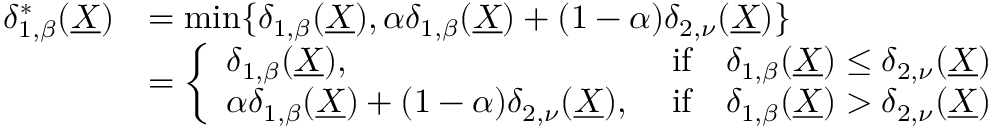
\begin{array} { r l } { \delta _ { 1 , \beta } ^ { * } ( \underline { { X } } ) } & { = \operatorname* { m i n } \{ \delta _ { 1 , \beta } ( \underline { { X } } ) , \alpha \delta _ { 1 , \beta } ( \underline { { X } } ) + ( 1 - \alpha ) \delta _ { 2 , \nu } ( \underline { { X } } ) \} } \\ & { = \left\{ \begin{array} { l l } { \delta _ { 1 , \beta } ( \underline { { X } } ) , } & { \mathrm { ~ i f } \quad \delta _ { 1 , \beta } ( \underline { { X } } ) \leq \delta _ { 2 , \nu } ( \underline { { X } } ) } \\ { \alpha \delta _ { 1 , \beta } ( \underline { { X } } ) + ( 1 - \alpha ) \delta _ { 2 , \nu } ( \underline { { X } } ) , } & { \mathrm { ~ i f } \quad \delta _ { 1 , \beta } ( \underline { { X } } ) > \delta _ { 2 , \nu } ( \underline { { X } } ) } \end{array} \right. } \end{array}